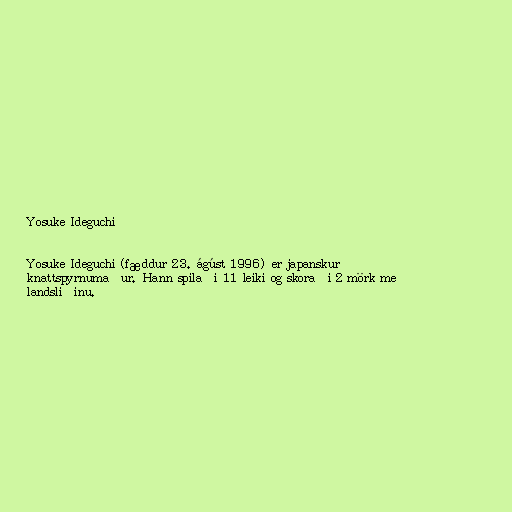
Yosuke Ideguchi

Yosuke Ideguchi (fæddur 23. ágúst 1996) er japanskur
knattspyrnumaður. Hann spilaði 11 leiki og skoraði 2 mörk með
landsliðinu.